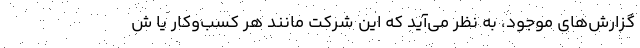
گزارش‌های موجود، به نظر می‌آید که این شرکت مانند هر کسب‌وکار یا ش